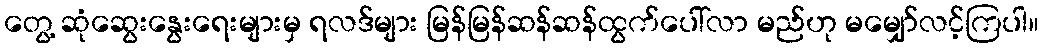
တွေ့ ဆုံဆွေးနွေးရေးများမှ ရလဒ်များ မြန်မြန်ဆန်ဆန်ထွက်ပေါ်လာ မည်ဟု မမျှော်လင့်ကြပါ။